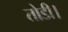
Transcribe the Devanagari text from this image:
तोडी।